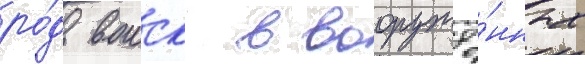
ро́д воиск в вооружё́нных